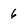
Character: 6